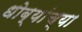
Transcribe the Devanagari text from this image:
धोब्यांच्या